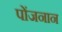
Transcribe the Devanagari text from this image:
पोंजनान